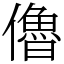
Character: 𠐔